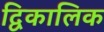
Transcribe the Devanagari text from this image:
द्विकालिक